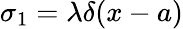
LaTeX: \sigma_{1}=\lambda\delta(x-a)